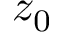
z _ { 0 }